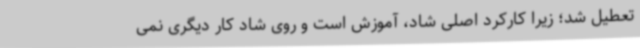
تعطیل شد؛ زیرا کارکرد اصلی شاد، آموزش است و روی شاد کار دیگری نمی